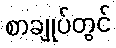
စာချုပ်တွင်